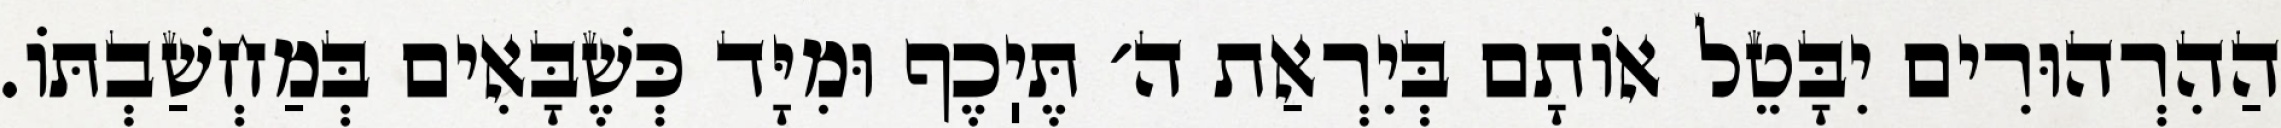
הַהִרְהוּרִים יִבָּטֵל אוֹתָם בְּיִרְאַת ה׳ תֶּיֽכֶף וּמִיָּד כְּשֶׁבָּאִים בְּמַחְשַׁבְתּוֹ.